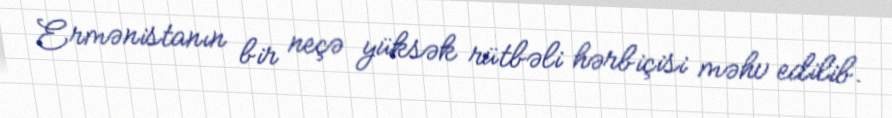
Ermənistanın bir neçə yüksək rütbəli hərbiçisi məhv edilib.